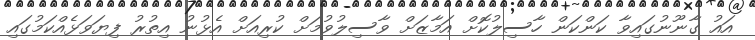
އައު ގާނޫނުގައިވާ ކަންކަން ހާސިލުކޮށް އަމާޒަށް ވާސިލުވުމަށް ކުރިއަށް އެޅުނު އިތުރު ފިޔަވަޅެއްކަމުގައި